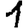
Digit: 1